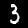
Label: 3